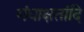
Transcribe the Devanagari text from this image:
गंधाक्षतांदि